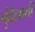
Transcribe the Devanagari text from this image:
बुंदेलाची